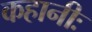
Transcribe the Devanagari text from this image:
कहानीः